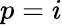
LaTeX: p=i